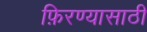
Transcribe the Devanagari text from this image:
फ़िरण्यासाठी